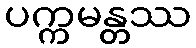
ပက္ကမန္တဿ